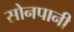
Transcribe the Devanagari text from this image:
सोनपानी